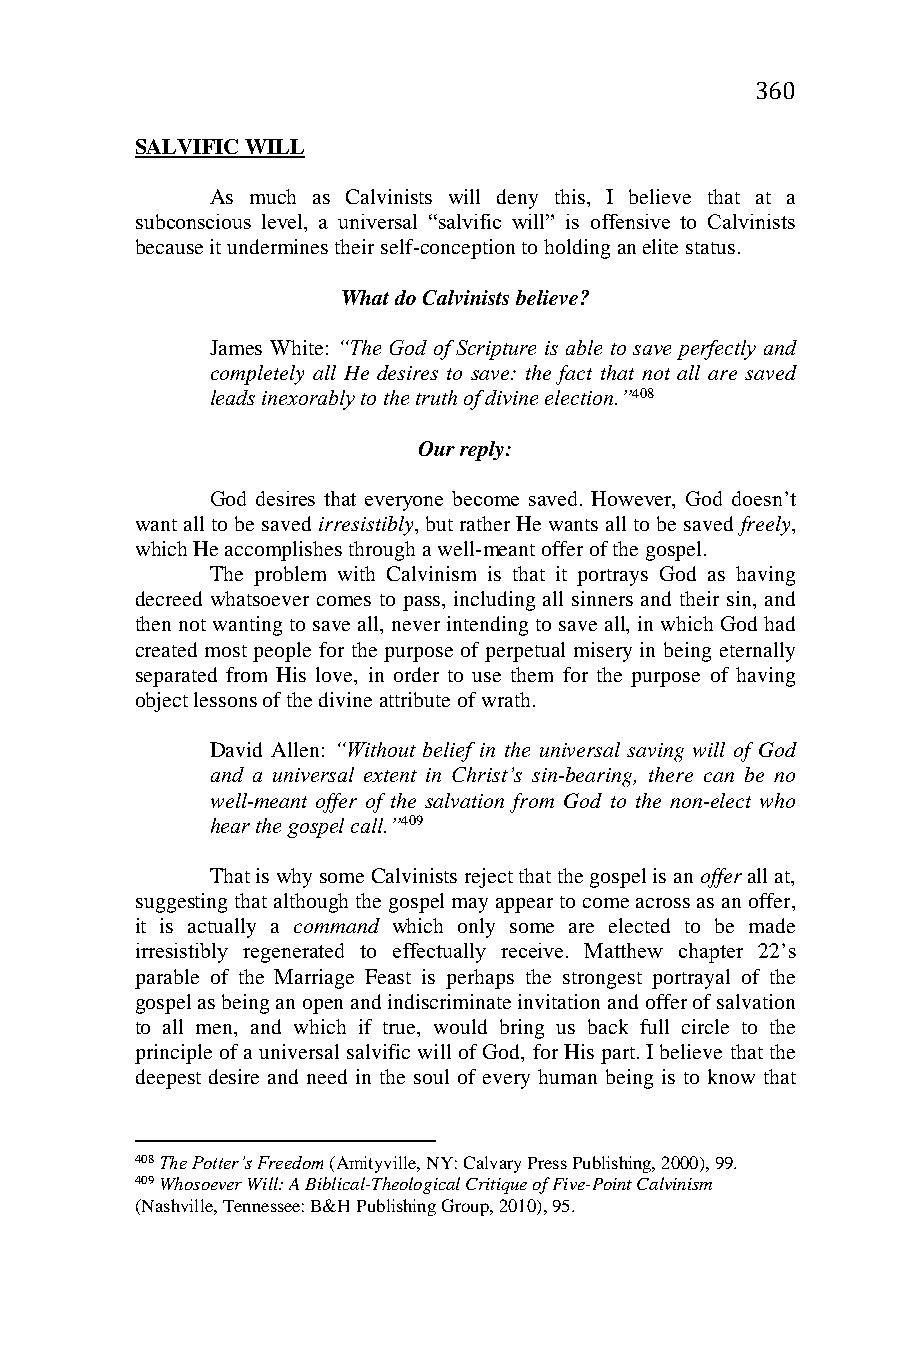
360
 SALVIFIC WILL
 As much as Calvinists will deny this, I believe that at a
 subconscious level, a universal “salvific will” is offensive to Calvinists
 because it undermines their self-conception to holding an elite status.
 What do Calvinists believe?
 James White: “The God of Scripture is able to save perfectly and
 completely all He desires to save: the fact that not all are saved
 leads inexorably to the truth of divine election.”408
 Our reply:
 God desires that everyone become saved. However, God doesn’t
 want all to be saved irresistibly, but rather He wants all to be saved freely,
 which He accomplishes through a well-meant offer of the gospel.
 The problem with Calvinism is that it portrays God as having
 decreed whatsoever comes to pass, including all sinners and their sin, and
 then not wanting to save all, never intending to save all, in which God had
 created most people for the purpose of perpetual misery in being eternally
 separated from His love, in order to use them for the purpose of having
 object lessons of the divine attribute of wrath.
 David Allen: “Without belief in the universal saving will of God
 and a universal extent in Christ’s sin-bearing, there can be no
 well-meant offer of the salvation from God to the non-elect who
 hear the gospel call.”409
 That is why some Calvinists reject that the gospel is an offer all at,
 suggesting that although the gospel may appear to come across as an offer,
 it is actually a command which only some are elected to be made
 irresistibly regenerated to effectually receive. Matthew chapter 22’s
 parable of the Marriage Feast is perhaps the strongest portrayal of the
 gospel as being an open and indiscriminate invitation and offer of salvation
 to all men, and which if true, would bring us back full circle to the
 principle of a universal salvific will of God, for His part. I believe that the
 deepest desire and need in the soul of every human being is to know that
 408 The Potter’s Freedom (Amityville, NY: Calvary Press Publishing, 2000), 99.
 409 Whosoever Will: A Biblical-Theological Critique of Five-Point Calvinism
 (Nashville, Tennessee: B&H Publishing Group, 2010), 95.